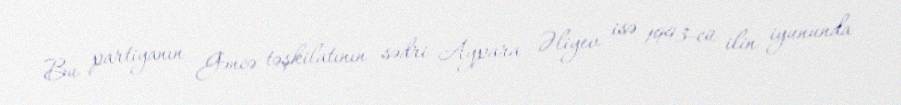
Bu partiyanın Gəncə təşkilatının sədri Aypara Əliyev isə 1993-cü ilin iyununda